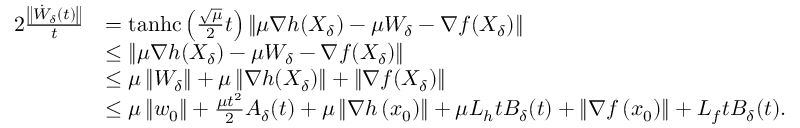
\begin{array} { r l } { 2 \frac { \left\Vert \dot { W } _ { \delta } ( t ) \right\Vert } { t } } & { = \operatorname { t a n h c } \left( \frac { \sqrt { \mu } } { 2 } t \right) \left\Vert \mu \nabla h ( X _ { \delta } ) - \mu W _ { \delta } - \nabla f ( X _ { \delta } ) \right\Vert } \\ & { \leq \left\Vert \mu \nabla h ( X _ { \delta } ) - \mu W _ { \delta } - \nabla f ( X _ { \delta } ) \right\Vert } \\ & { \leq \mu \left\Vert W _ { \delta } \right\Vert + \mu \left\Vert \nabla h ( X _ { \delta } ) \right\Vert + \left\Vert \nabla f ( X _ { \delta } ) \right\Vert } \\ & { \leq \mu \left\Vert w _ { 0 } \right\Vert + \frac { \mu t ^ { 2 } } { 2 } A _ { \delta } ( t ) + \mu \left\Vert \nabla h \left( x _ { 0 } \right) \right\Vert + \mu L _ { h } t B _ { \delta } ( t ) + \left\Vert \nabla f \left( x _ { 0 } \right) \right\Vert + L _ { f } t B _ { \delta } ( t ) . } \end{array}